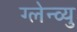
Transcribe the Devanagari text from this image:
ग्लेन्व्यु